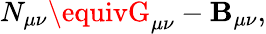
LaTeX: N_{\mu\nu}\equivG_{\mu\nu}-\mathbf{B}_{\mu\nu},